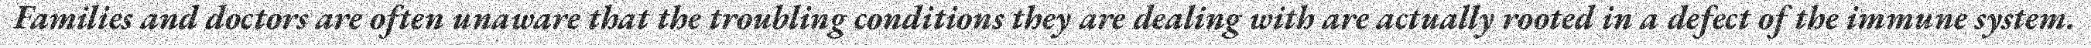
Families and doctors are often unaware that the troubling conditions they are dealing with are actually rooted in a defect of the immune system.